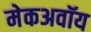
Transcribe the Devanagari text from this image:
मेकअवॉय